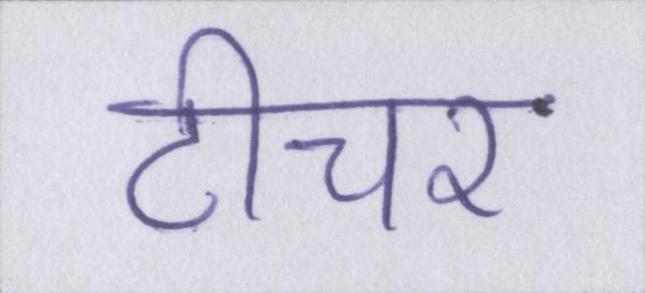
टीचर